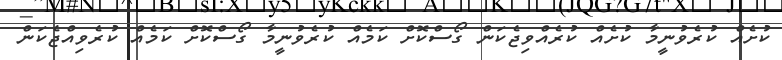
ކުށެއް ކުރެވުނީމާ ކުށެއް ކުރެއްވިޖެކަން ގޯސްކޮށް ކަމެއް ކުރެވުނީމާ ގޯސްކޮށް ކަމެއް ކުރެވިއްޖެކަން